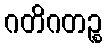
ဂတိဂတဉ္စ